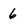
Character: 6